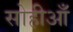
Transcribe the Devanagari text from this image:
सोहीआँ